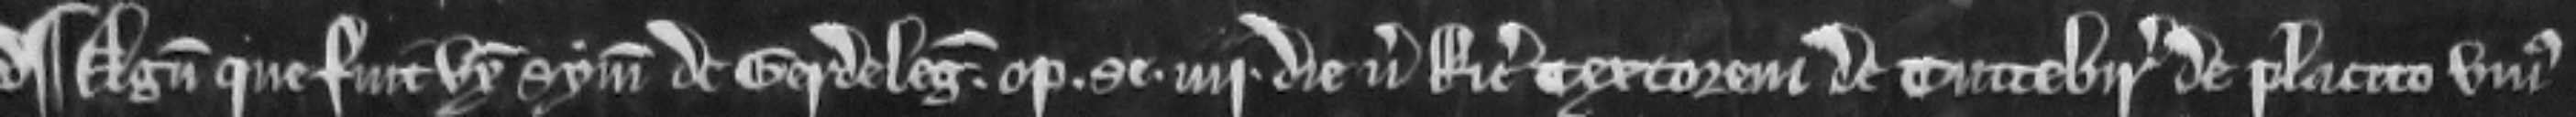
¶ Agnes que fuit uxor Symonis de Gerdeleg optulit se iiii die versus Ricardum Textorem de Tuttebir de placito unius